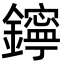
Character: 鑏